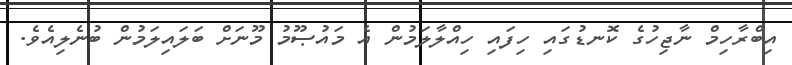
އިބްރާހިމް ނާޖިހުގެ ކޮނޑުގައި ހިފައި ހިއްލާލަމުން އެ މައުޞޫމު މޫނަށް ބަލައިލަމުން ބުނެލިއެވެ.